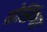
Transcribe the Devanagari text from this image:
बोसिंग्वा